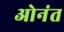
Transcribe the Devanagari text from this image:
ओनंत